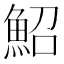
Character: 鮉